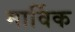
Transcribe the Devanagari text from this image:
मार्विक